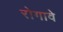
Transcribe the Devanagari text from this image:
रोगावे